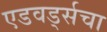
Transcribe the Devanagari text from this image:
एडवर्ड्सचा